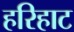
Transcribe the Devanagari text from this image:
हरिहाट